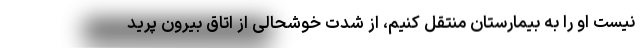
نیست او را به بیمارستان منتقل کنیم، از شدت خوشحالی از اتاق بیرون پرید